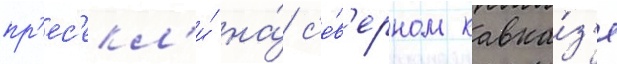
пр'ес'екл'и́ на́ с'е́в'ерном кавка́з'е